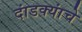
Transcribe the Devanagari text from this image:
दांडक्यांचे